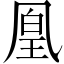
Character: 凰